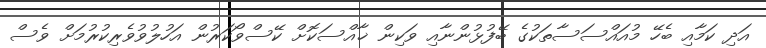
އަދި ކަމާއި ބެހޭ މުއައްސަސާތަކުގެ ބޭފުޅުންނާއި ވަކިން ޚާއްސަކޮށް ކޭސްވޯކަރުން އަހުލުވުވެރިކުރުމަށް ވެސް